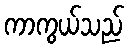
ကာကွယ်သည်